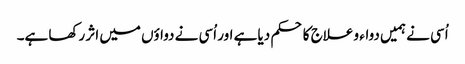
اُسی نے ہمیں دواء و علاج کا حکم دیا ہے اور اُسی نے دواؤں میں اثر رکھا ہے۔